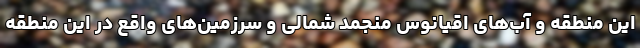
این منطقه و آب‌های اقیانوس منجمد شمالی و سرزمین‌های واقع در این منطقه